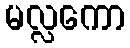
မလ္လကော